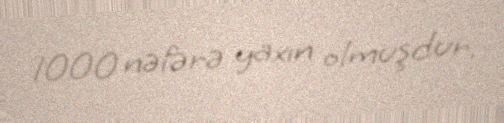
1000 nəfərə yaxın olmuşdur.